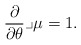
\begin{align*}\frac{\partial}{\partial \theta} \lrcorner \mu = 1.\end{align*}